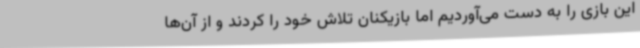
این بازی را به دست می‌آوردیم اما بازیکنان تلاش خود را کردند و از آن‌ها